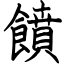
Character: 饙